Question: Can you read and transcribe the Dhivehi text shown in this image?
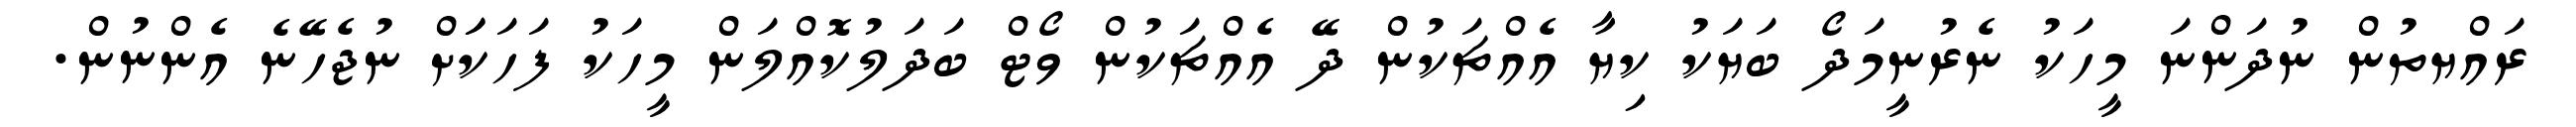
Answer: ރައްޔތުން ނުދަންނަ މީހަކު ނެރުނީމަދޯ ބަޔަކު ކިޔާ އެއްޗަކުން ދޭ އެއްޗަކުން ވޯޓް ބަދަލުކޮއްލަން މީހަކު ފަހަކަަށް ނުޖެހޭނެ އެންނުން.